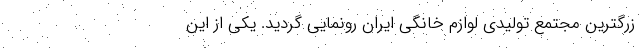
زرگترین مجتمع تولیدی لوازم خانگی ایران رونمایی گردید. یکی از این